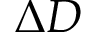
\Delta D